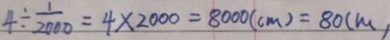
4 \div \frac { 1 } { 2 0 0 0 } = 4 \times 2 0 0 0 = 8 0 0 0 ( c m ) = 8 0 ( m )